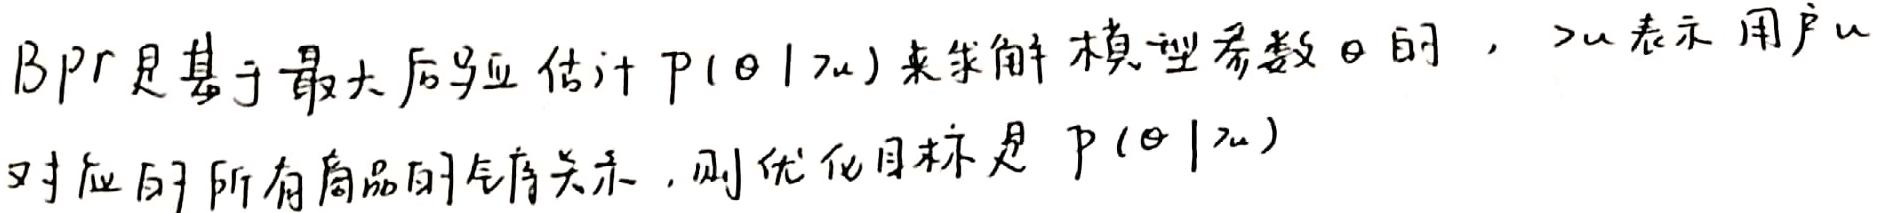
BPR是基于最大后验估计 $P(\theta|\mathcal{I}_u)$ 来求解模型参数 $\theta$ 的，$\mathcal{I}_u$ 表示用户 $u$ 对应的所有商品的全序关系，则优化目标是 $P(\theta|\mathcal{I}_u)$